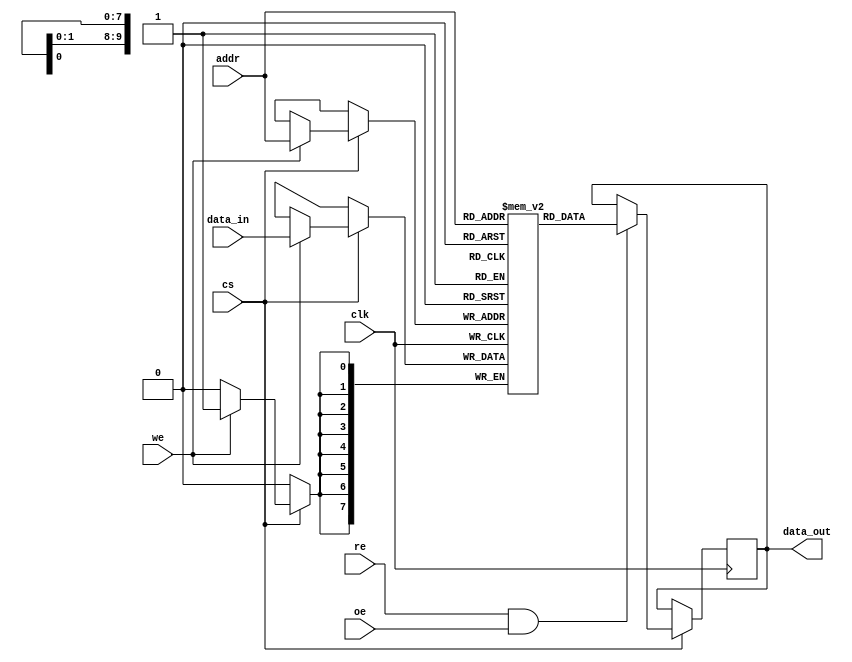
module io_blocks_cache_sram #(
    parameter ADDR_WIDTH = 10, // Address width (for 1KB: 2^10 = 1024 bytes)
    parameter DATA_WIDTH = 8,   // Data width (e.g., 8, 16, or 32 bits)
    parameter MEM_SIZE = 1 << ADDR_WIDTH // Total memory size
)(
    input wire clk,              // Clock signal
    input wire cs,               // Chip Select
    input wire we,               // Write Enable
    input wire re,               // Read Enable
    input wire oe,               // Output Enable
    input wire [ADDR_WIDTH-1:0] addr, // Address input
    input wire [DATA_WIDTH-1:0] data_in, // Data input
    output reg [DATA_WIDTH-1:0] data_out // Data output
);

    // Memory array
    reg [DATA_WIDTH-1:0] memory [0:MEM_SIZE-1];

    // Read and Write operations
    always @(posedge clk) begin
        if (cs) begin
            if (we) begin
                // Write operation
                memory[addr] <= data_in;
            end
            if (re && oe) begin
                // Read operation
                data_out <= memory[addr];
            end
        end
    end

endmodule